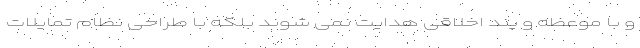
و با موعظه و پند اخلاقی هدایت نمی شوند بلکه با طراحی نظام تمایلات